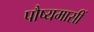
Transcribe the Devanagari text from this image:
पौष्यमासीं